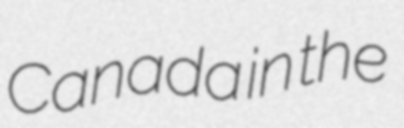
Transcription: Canada in the